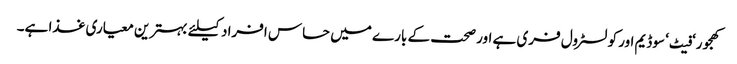
کھجور‘ فیٹ‘ سوڈیم اور کولسٹرول فری ہے اور صحت کے بارے میں حساس افراد کیلئے بہترین معیاری غذا ہے۔